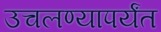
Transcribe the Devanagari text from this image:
उचलण्यापर्यंत